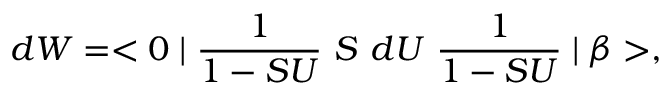
d W = < 0 \mid \frac { 1 } { 1 - S U } ~ S ~ d U ~ \frac { 1 } { 1 - S U } \mid \beta > ,